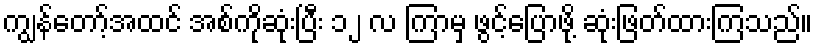
ကျွန်တော့်အထင် အစ်ကိုဆုံးပြီး ၁၂ လ ကြာမှ ဖွင့်ပြောဖို့ ဆုံးဖြတ်ထားကြသည်။